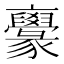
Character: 𠆟